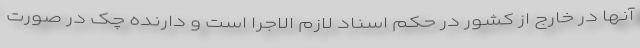
آنها در خارج از کشور در حکم اسناد لازم الاجرا است و دارنده چک در صورت